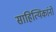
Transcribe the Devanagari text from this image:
साहित्यिकांनो